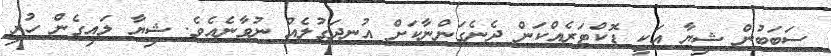
ސަބަބުން ޝިޔާ އަކީ ޑޮކްޓަރެއްކަން ދެނެގަންނާކަށް އުނދަގުލެއް ނުވާނެއެވެ. ޝިޔާ ލައިގެން ހުރި